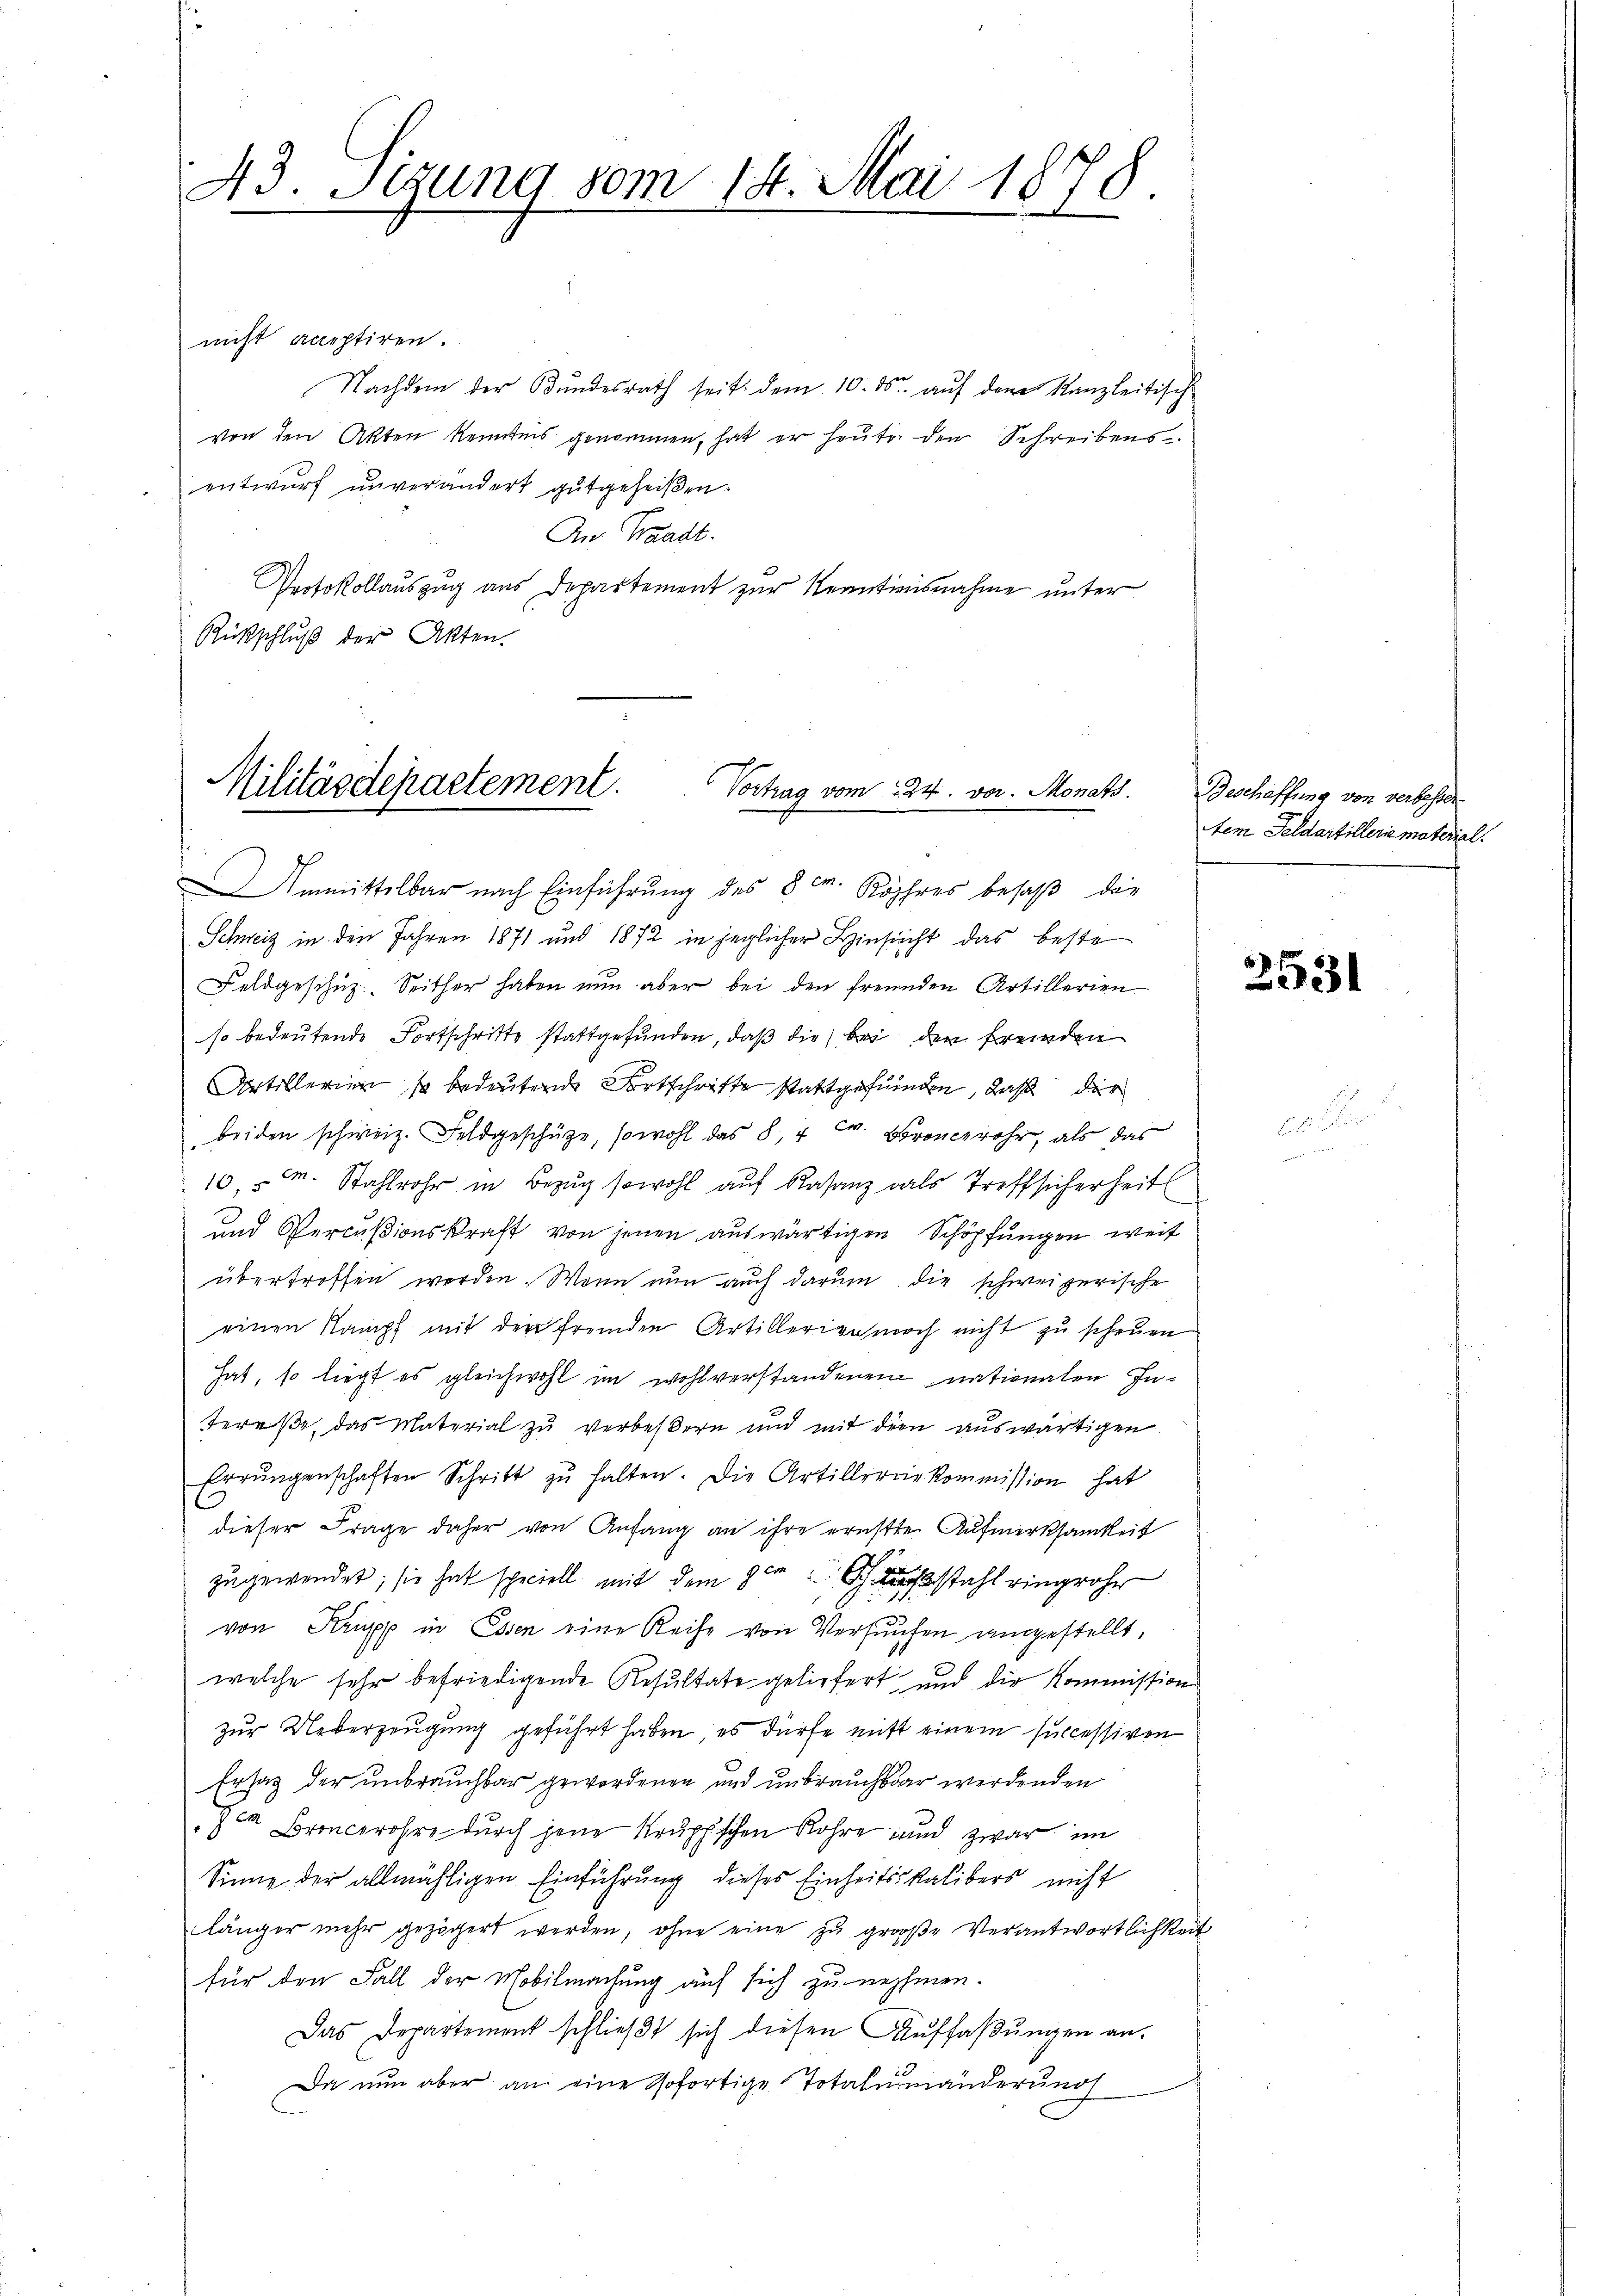
43. Stung vom 14. Mai 1878.
.
.

nicht acceptiren.
Nachdem der Bŭndesrath seit dem 10. ds. aŭf dem Kanzleitisch-
Von den Akten kenntnis genommen, hat er heute den Schreibens
entwurf unverändert gutgeheißen.
An Waadt.
Protokollauszug aus Departement zur Kenntnisnahme unter
Rükschluß der Akten.

Militärdepartement.
Vortrag vom 24. vor. Monats
Immittelbar nach Einführung des 8. Röhres besaß die

Schweiz in den Jahren 1871 und 1872 in jeglicher Hinsicht das beste
Feldgeschüz. Seither haben nun aber bei den freunden Artillerien
so bedeutende Fortschritte stattgefunden, daß die bei den fremden
Artillerien so bedeutende Fortschrifte stattgefunden, daß die
beiden schweiz. Feldgeschütze, sowohl das 8, 4 Fr. Boroncerohr, als das
10 M. Stahlrohr in Bezug sowohl auf Rasanz als Treffsicherheit
und Percußionskraft von jenen auswärtigen Schöpfungen, weit
übertroffen werden. Wenn nun auch darum die schweizerische
einen Kampf mit den freuden Artillerienwoch nicht zu scheuen
hat, so liegt es gleichwohl im wohlverstandenen nationalen Intereße, das Material zu verbeßern und mit der auswärtigen
Errŭngenschaften Schritt zŭ halten. Die Artilleriekommission hat
dieser Frage daher von Anfang an ihre ernstte Aufmerksamkeit
zugewendet; sie hat speciell mit dem 8ten stahl eingroße
von Krüpp in Essen eine Reise von Verhaufen angestellt,
welche sehr befriedigende Resultate geliefert und die Kommission
zur Ueberzeugung geführt haben, es dürfe mitt einem successiven
Ersatz der unbrauchbar gewordenen und unbrauchsbar werdenden
zem Broncerohre durch jene Kruppischen Rohre und zwar im
Sinne der allmähligen Einführung dieses Einheitsskalibers nicht
länger mehr gezögert werden, ohne eine zu große Verantwortlichkeit
für den Fall der Mobilmachung auf sich zu nehmen.
Das Departement schlieβt sich diesen Auffaßungen an.
Da nun aber an eine sofortige Totalumänderung

Beschaffung von verbesser.
tem Feldartillerie materiel

2531